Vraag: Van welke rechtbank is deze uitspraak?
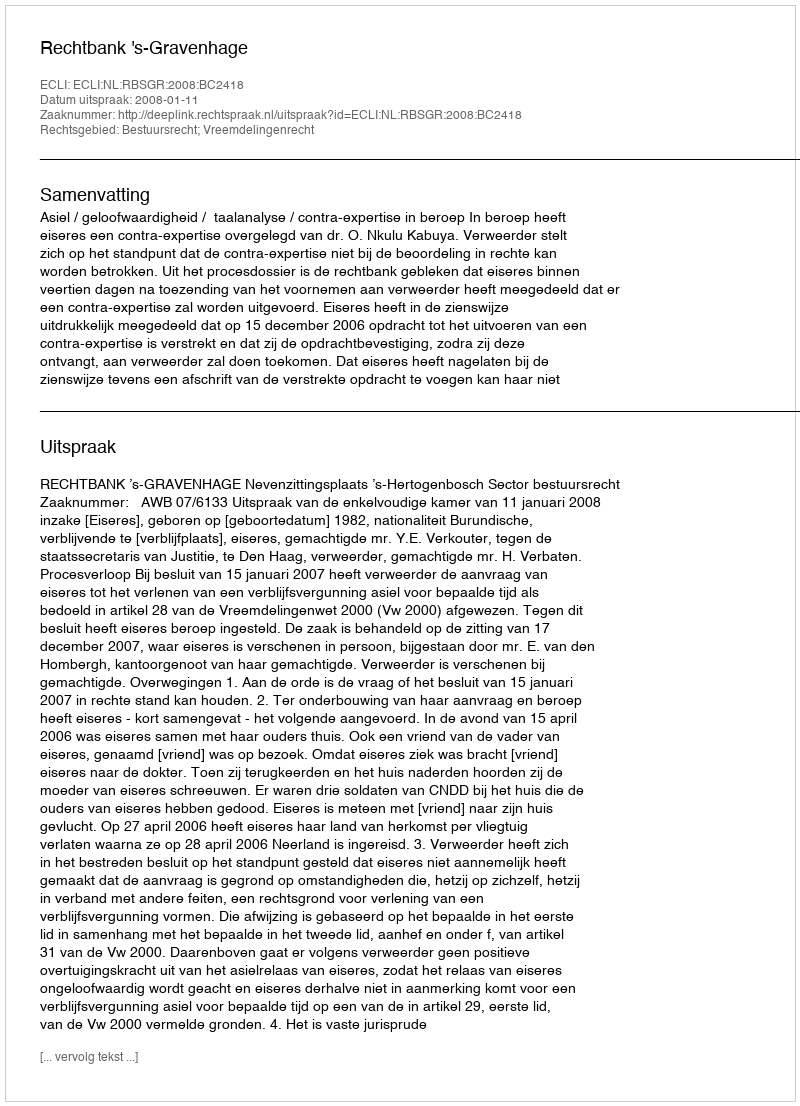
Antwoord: Rechtbank 's-Gravenhage